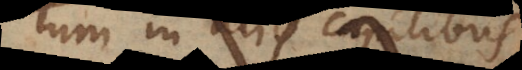
tum in aliis capitibus